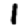
Digit: 1